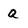
Character: Q